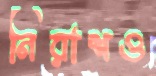
নিরাশও